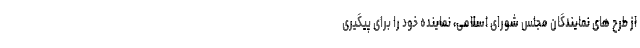
از طرح های نمایندگان مجلس شورای اسلامی، نماینده خود را برای پیگیری